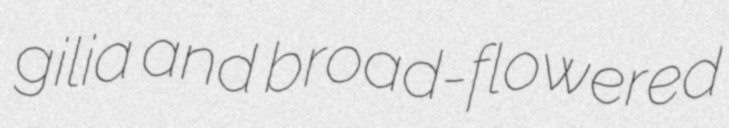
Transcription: gilia and broad-flowered